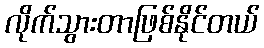
လိုက်သွားတာဖြစ်နိုင်တယ်